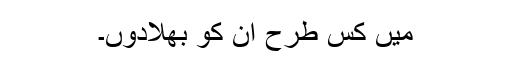
میں کس طرح ان کو بھلادوں۔